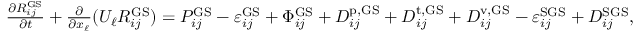
\begin{array} { r } { \frac { \partial R _ { i j } ^ { \mathrm { G S } } } { \partial t } + \frac { \partial } { \partial x _ { \ell } } ( U _ { \ell } R _ { i j } ^ { \mathrm { G S } } ) = P _ { i j } ^ { \mathrm { G S } } - \varepsilon _ { i j } ^ { \mathrm { G S } } + \Phi _ { i j } ^ { \mathrm { G S } } + D _ { i j } ^ { \mathrm { p , G S } } + D _ { i j } ^ { \mathrm { t , G S } } + D _ { i j } ^ { \mathrm { v , G S } } - \varepsilon _ { i j } ^ { \mathrm { S G S } } + D _ { i j } ^ { \mathrm { S G S } } , } \end{array}